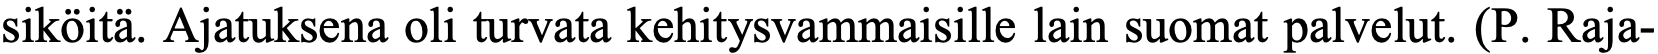
siköitä. Ajatuksena oli turvata kehitysvammaisille lain suomat palvelut. (P. Raja-